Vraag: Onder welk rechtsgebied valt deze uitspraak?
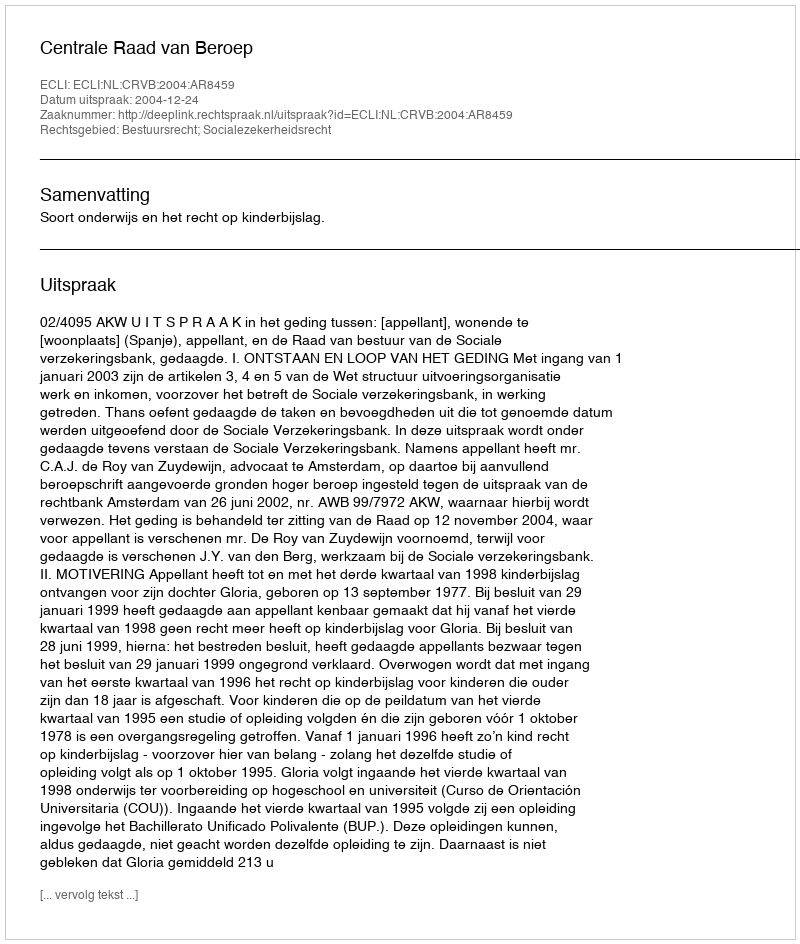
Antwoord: Bestuursrecht; Socialezekerheidsrecht